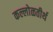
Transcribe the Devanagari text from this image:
कल्लोळतीर्थ